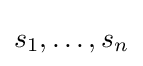
s_{1},\dots ,s_{n}